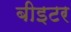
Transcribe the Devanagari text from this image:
बीइटर